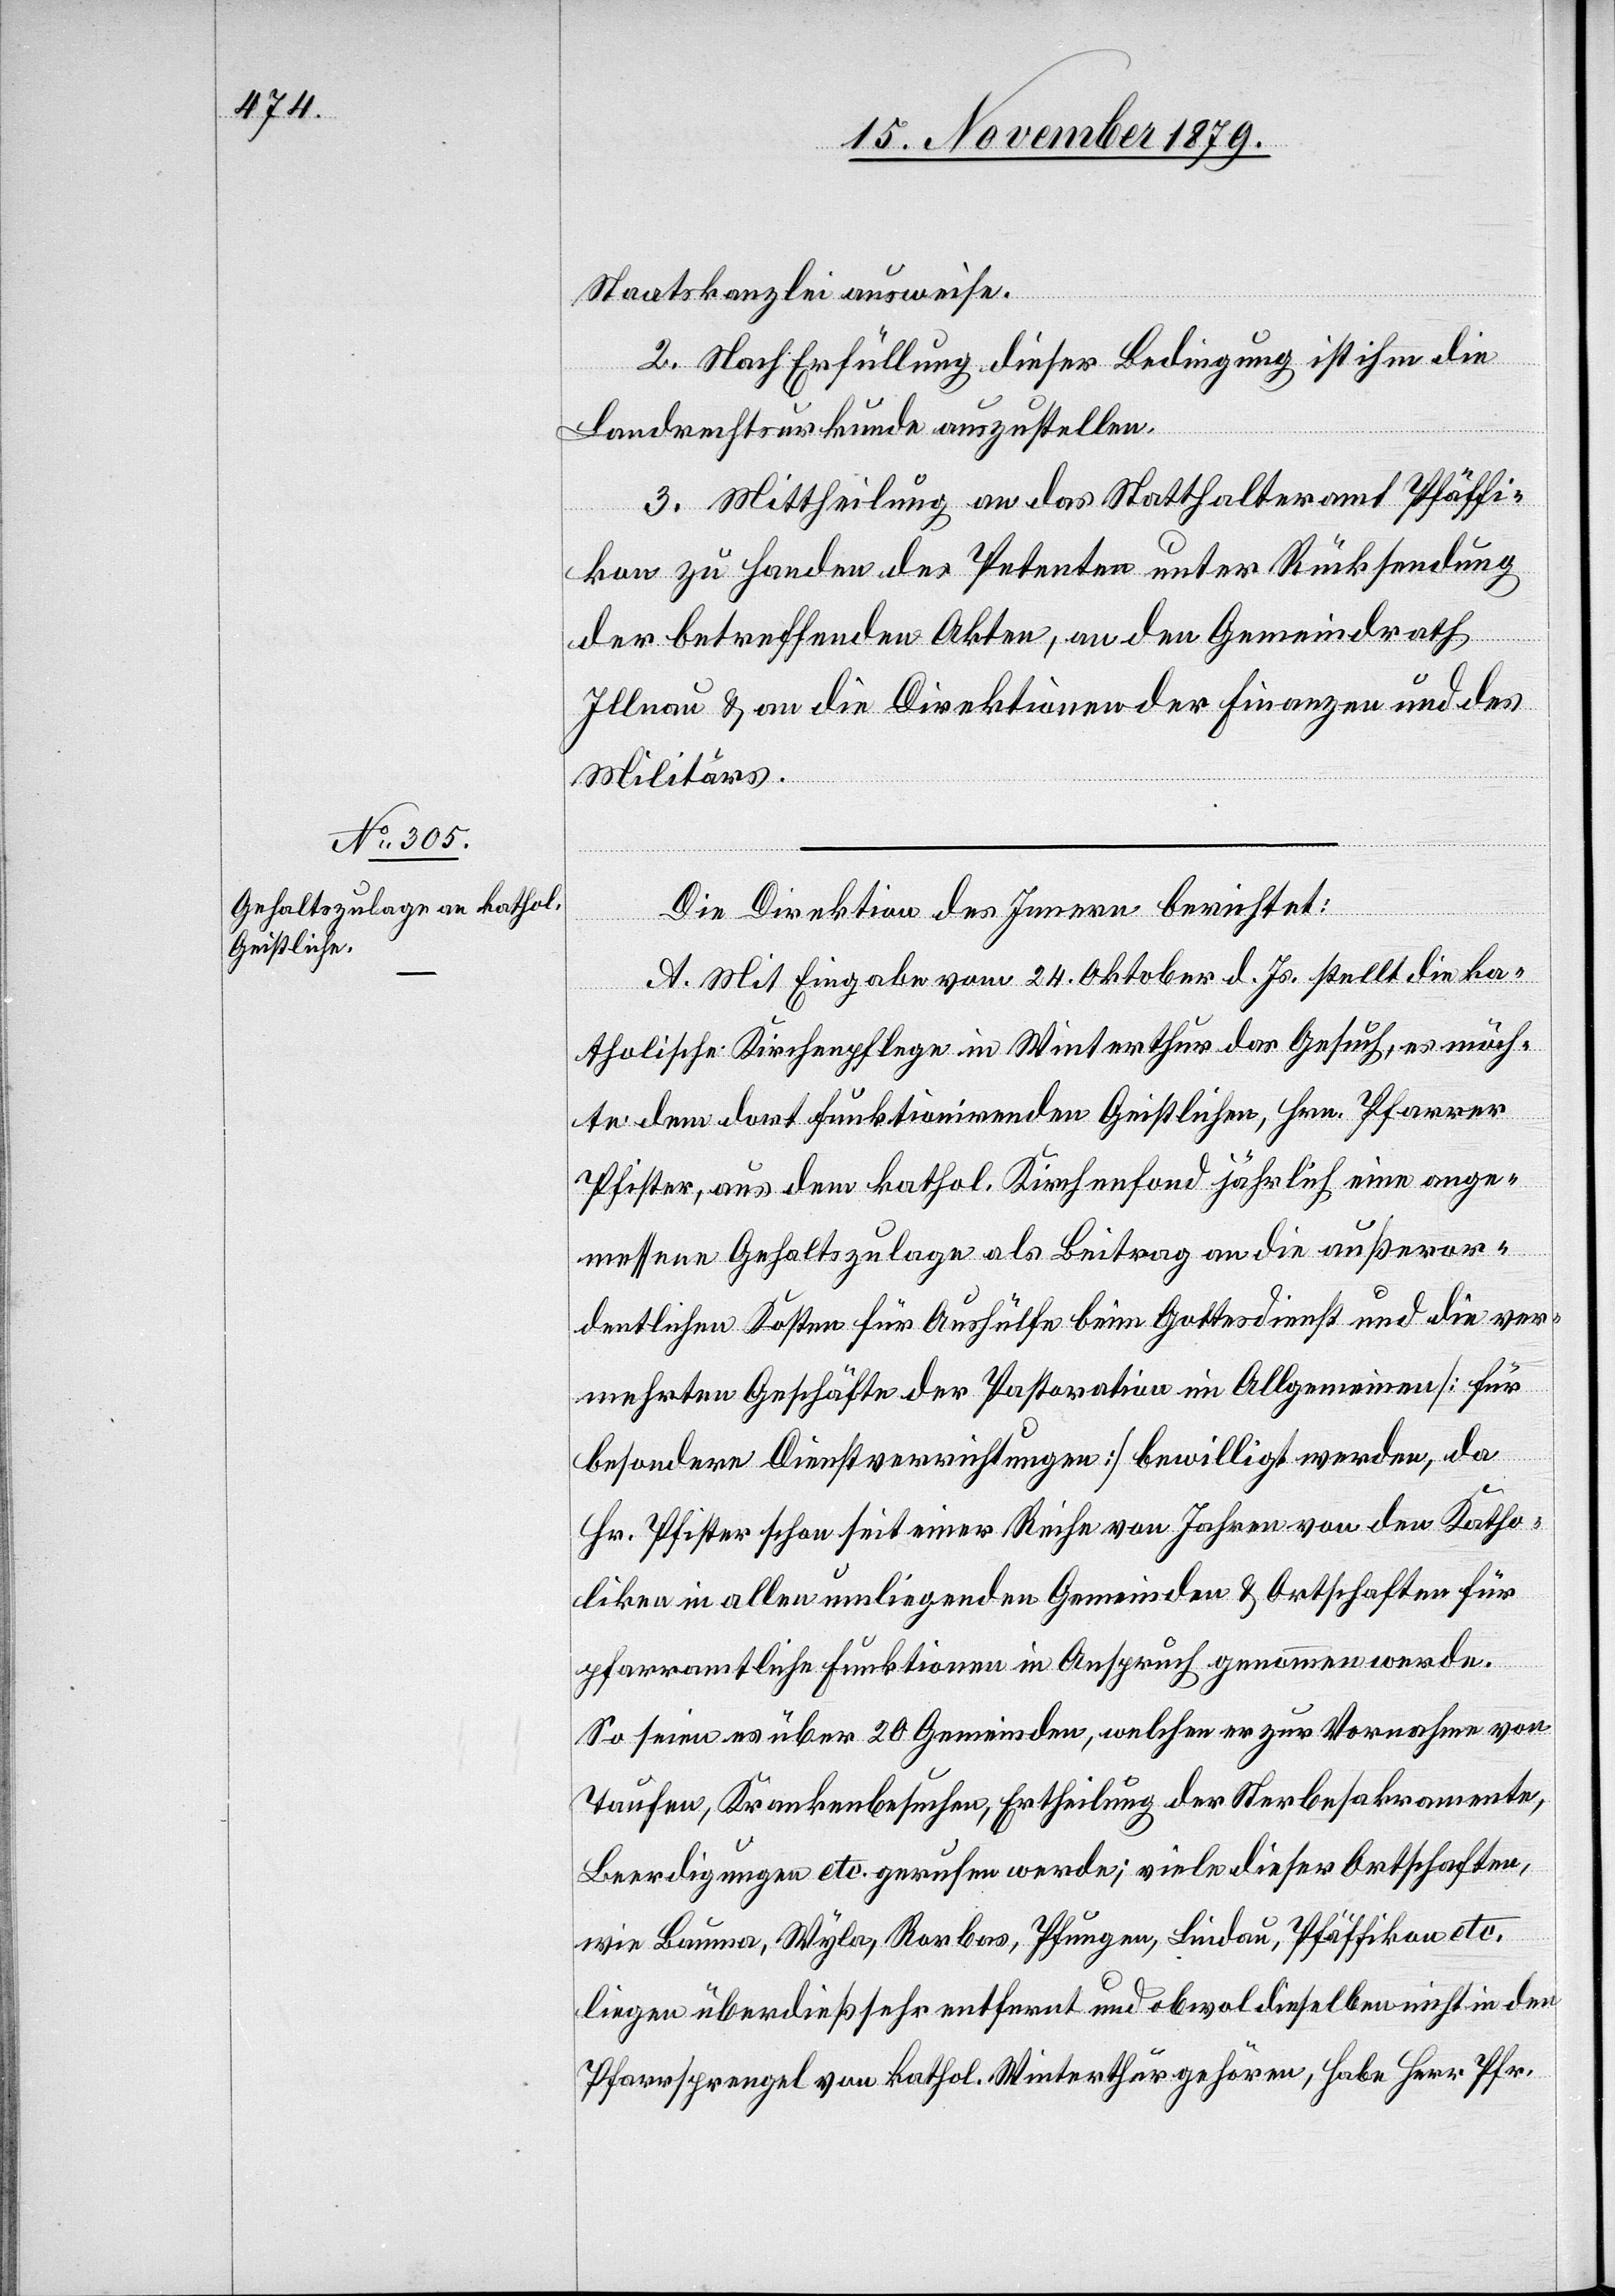
Staatskanzlei ausweise.
2. Nach Erfüllung dieser Bedingung ist ihm die
Landrechtsurkunde auszustellen.
3. Mittheilung an das Statthalteramt Pfäffi¬
kon zu Handen des Petenten unter Rücksendung
der betreffenden Akten, an den Gemeindrath
Illnau & an die Direktionen der Finanzen und des
Militärs.
Die Direktion des Innern berichtet:
A. Mit Eingabe vom 24. Oktober d. Js. stellt die ka¬
tholische Kirchenpflege in Winterthur das Gesuch, es möch¬
te dem dort funktionirenden Geistlichen, Hrn. Pfarrer
Pfister, aus dem kathol. Kirchenfond jährlich eine ange¬
messene Gehaltszulage als Beitrag an die außeror¬
dentlichen Kosten für Aushülfe beim Gottesdienst und die ver¬
mehrten Geschäfte der Pastoration im Allgemeinen [für
besondere Dienstverrichtungen] bewilligt werden, da
Hr. Pfister schon seit einer Reihe von Jahren von den Katho¬
liken in allen umliegenden Gemeinden & Ortschaften für
pfarramtliche Funktionen in Anspruch genommen werde.
So seien es über 20 Gemeinden, welchen er zur Vornahme von
Taufen, Krankenbesuchen, Ertheilung der Sterbesakramente,
Beerdigungen etc. gerufen werde; viele dieser Ortschaften
liegen überdieß sehr entfernt und obwol dieselben nicht in den
Pfarrsprengel von kathol. Winterthur gehören, habe Herr Pfr.